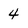
Character: 4